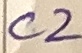
Text: C2